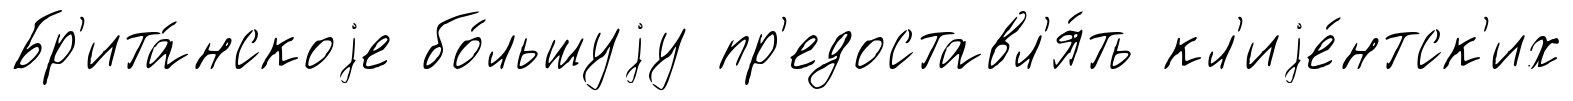
Бр'ита́нскоjе бо́льшуjу пр'едоставл'я́ть кл'иjе́нтск'их